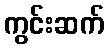
ကွင်းဆက်